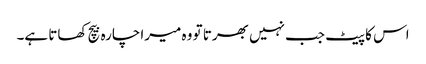
اس کا پیٹ جب نہیں بھرتا تو وہ میرا چارہ بیچ کھاتا ہے۔